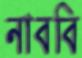
নাববি